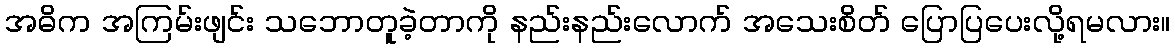
အဓိက အကြမ်းဖျင်း သဘောတူခဲ့တာကို နည်းနည်းလောက် အသေးစိတ် ပြောပြပေးလို့ရမလား။